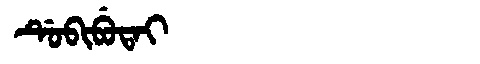
Manchu: ᡩᡠᠪᡳᠪᡠᡨᠠᡳ
Romanization: DUBIBUTAI